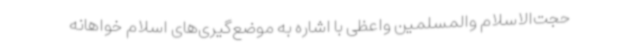
حجت‌الاسلام والمسلمین واعظی با اشاره به موضع‌گیری‌های اسلام خواهانه